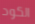
الكود